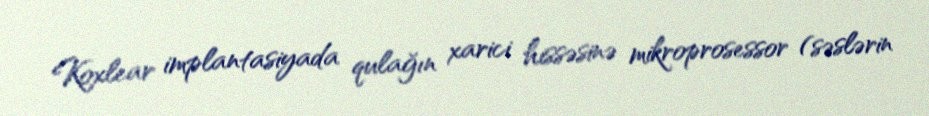
Koxlear implantasiyada qulağın xarici hissəsinə mikroprosessor (səslərin